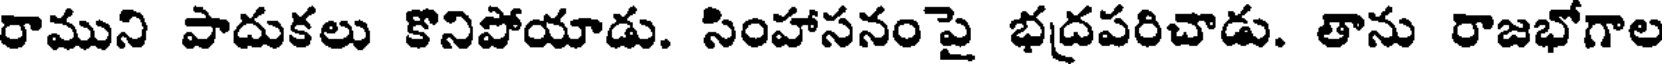
రాముని పాదుకలు కొనిపోయాడు. సింహాసనంపై భద్రపరిచాడు. తాను రాజభోగాల